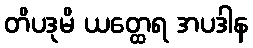
တိပဒုမိ ယတ္ထေရ အပဒါန